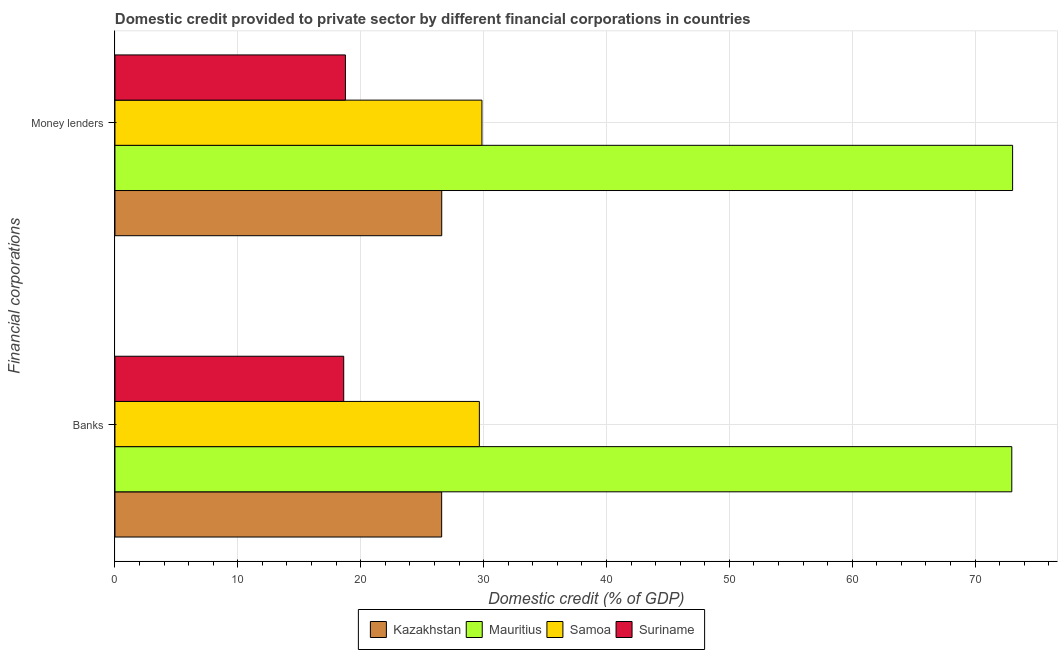
| Financial corporations | Kazakhstan | Mauritius | Samoa | Suriname |
 | --- | --- | --- | --- | --- |
 | Banks | 26.6 | 73 | 29.7 | 18.6 |
 | Money lenders | 26.6 | 73.1 | 29.9 | 18.8 |